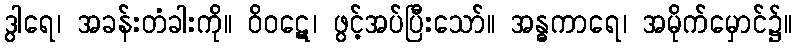
ဒွါရေ၊ အခန်းတံခါးကို။ ဝိဝဋေ၊ ဖွင့်အပ်ပြီးသော်။ အန္ဓကာရေ၊ အမိုက်မှောင်၌။